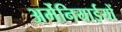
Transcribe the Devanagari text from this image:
अर्मेनियाईयों